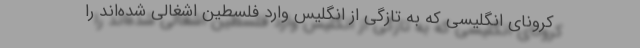
کرونای انگلیسی که به تازگی از انگلیس وارد فلسطین اشغالی شده‌اند را